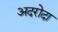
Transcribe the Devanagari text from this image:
अदरोदा